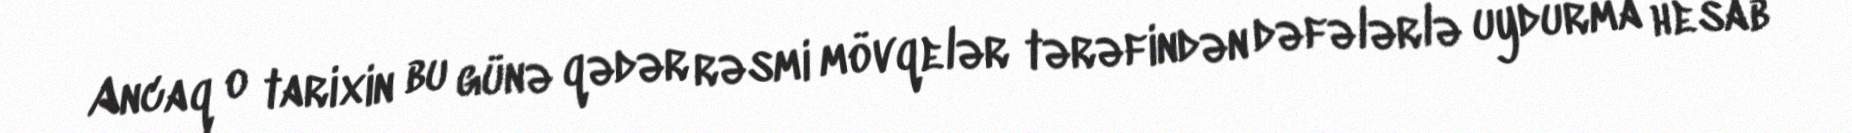
Ancaq o tarixin bu günə qədər rəsmi mövqelər tərəfindən dəfələrlə uydurma hesab